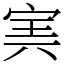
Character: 㝙